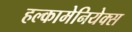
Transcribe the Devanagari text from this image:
हल्कामेनियेक्स